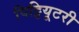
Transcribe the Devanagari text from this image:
पिट्टियूटरी